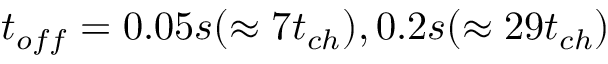
t _ { o f f } = 0 . 0 5 s ( \approx 7 t _ { c h } ) , 0 . 2 s ( \approx 2 9 t _ { c h } )